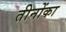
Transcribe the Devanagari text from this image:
तीनोंका